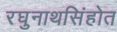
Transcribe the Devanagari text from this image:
रघुनाथसिंहोत